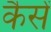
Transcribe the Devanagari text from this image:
कैसें